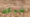
شباط